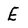
Character: E